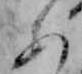
あ